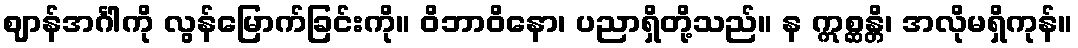
ဈာန်အင်္ဂါကို လွန်မြောက်ခြင်းကို။ ဝိဘာဝိနော၊ ပညာရှိတို့သည်။ န ဣစ္ဆန္တိ၊ အလိုမရှိကုန်။